Scientific memoirs by medical officers of the Army of India - Part XI,
Year: 1898
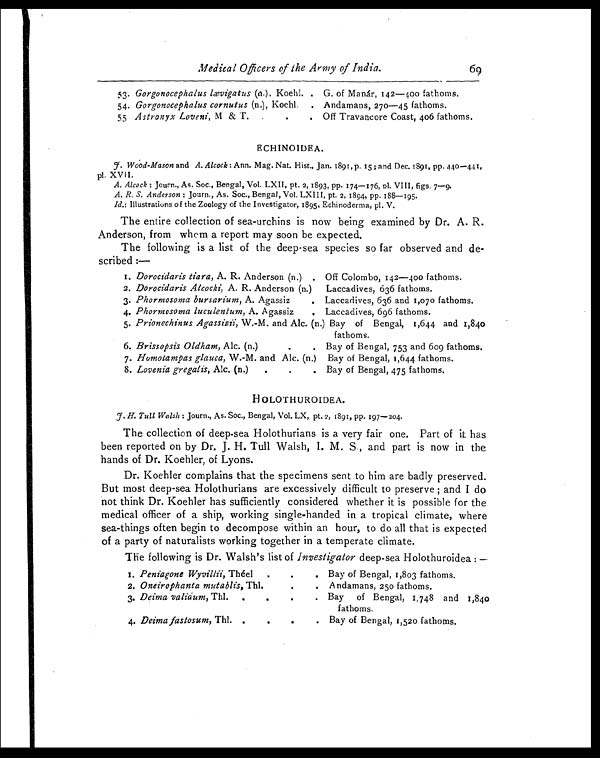
Medical Officers of the Army of India 69
53. Gorgonocephalus lævigatus (n.), Koehl. . G. of Manár, 142—400 fathoms.
54. Gorgonocephalus cornutus (n.), Koehl. . Andamans, 270—45 fathoms.
55 Astronyx Loveni, M & T. . .
. Off Travancore Coast, 406 fathoms.
ECHINOIDEA.
J. Wood-Mason and A. Alcock: Ann. Mag. Nat. Hist., Jan. 1891,p. 15; and Dec. 1891, pp. 440—441,
pl. XVII.
A. Alcock: Journ., As. Soc., Bengal, Vol. LXII, pt. 2, 1893, pp. 174—176, pl. VIII, figs. 7—9.
A. R. S. Anderson: Journ., As. Soc., Bengal, Vol. LXIII, pt. 2, 1894, pp. 188—195.
Id. : Illustrations of the Zoology of the Investigator, 1895, Echinoderma, pl. V.
The entire collection of sea-urchins is now being examined by Dr. A. R.
Anderson, from whom a report may soon be expected.
The following is a list of the deep-sea species so far observed and de-
scribed:—
1. Dorocidaris tiara, A. R. Anderson (n.) . Off Colombo, 142—400 fathoms.
2. Dorocidaris Alcocki, A. R. Anderson (n.)
Laccadives, 636 fathoms.
3. Phormosoma bursarium, A. Agassiz
. Laccadives, 636 and 1,070 fathoms.
4. Phormosoma luculentum, A. Agassiz
. Laccadives, 696 fathoms.
5. Prionechinus Agassizii, W.-M. and Alc. (n.) Bay of Bengal, 1,644 and 1,840
fathoms.
6. Brissopsis Oldham, Alc. (n.)
.
. Bay of Bengal, 753 and 609 fathoms.
7. Homotampas glauca, W.-M. and Alc. (n.) Bay of Bengal, 1,644 fathoms.
8. Lovenia gregalis, Alc. (n.)
.
.
. Bay of Bengal, 475 fathoms.
HOLOTHUROIDEA.
J . H . T u l l W a l s h
: J o u r n . , A s . S o c . , B e n g a l , V o l . L X , p t . 2 , 1 8 9 1 , p p . 1 9 7 — 2 0 4 .
The collection of deep-sea Holothurians is a very fair one. Part of it has
been reported on by Dr. J. H. Tull Walsh, I. M. S., and part is now in the
hands of Dr. Koehler, of Lyons.
Dr. Koehler complains that the specimens sent to him are badly preserved.
But most deep-sea Holothurians are excessively difficult to preserve; and I do
not think Dr. Koehler has sufficiently considered whether it is possible for the
medical officer of a ship, working single-handed in a tropical climate, where
sea-things often begin to decompose within an hour, to do all that is expected
of a party of naturalists working together in a temperate climate.
The following is Dr. Walsh's list of Investigator deep-sea Holothuroidea: —
1. Peniagone Wyvillii, Théel
.
.
. Bay of Bengal, 1,803 fathoms.
2. Oneirophanta mutablis, Thl
.
. Andamans, 250 fathoms.
3. Deima valiaum, Thl.
.
.
.
. Bay of Bengal, 1,748 and 1,840
fathoms.
4. Deima fastosum, Thl. ..
.
. Bay of Bengal, 1,520 fathoms.